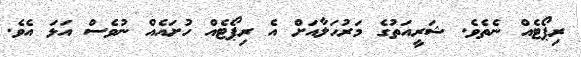
ރިޕޯޓެއް ނެތެވެ. ޝަރީއަތުގެ މަރުހަލާއަށް އެ ރިޕޯޓެއް ހުށައެއް ނުވެސް އަޅަ އެވެ.